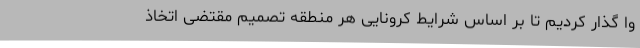
وا گذار کردیم تا بر اساس شرایط کرونایی هر منطقه تصمیم مقتضی اتخاذ